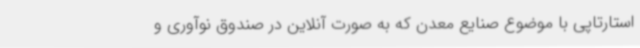
استارتاپی با موضوع صنایع معدن که به صورت آنلاین در صندوق نوآوری و